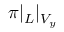
\pi | _ { L } | _ { V _ { y } }